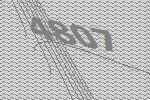
4807